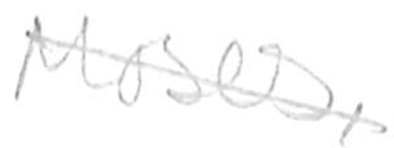
Text: Moses,
Cross-out: diagonal
Writing tool: pencil